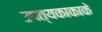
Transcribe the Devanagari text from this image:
उपत्यकाकाके